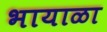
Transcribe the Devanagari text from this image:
भायाळा